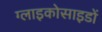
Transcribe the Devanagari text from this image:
ग्लाइकोसाइडों